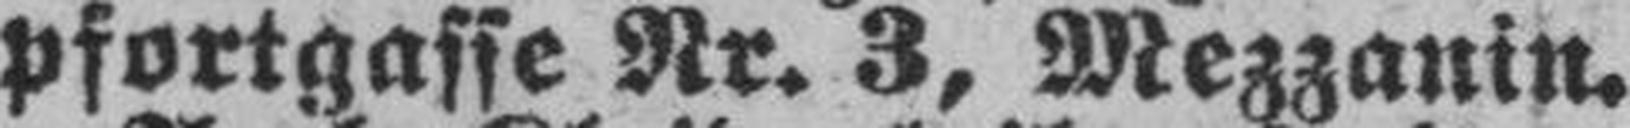
pfortgasse Nr. 3, Mezzanin.